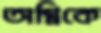
অগ্নিকে